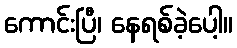
ကောင်းပြီ၊ နေရစ်ခဲ့ပေါ့။